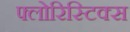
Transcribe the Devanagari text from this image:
फ्लोरिस्टिक्स